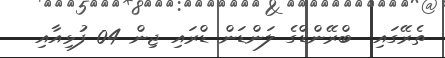
ތެރޭގައި  ބްރޭންޑްގެ ލަންޑަން ޑްރައި ޖިން 04 ފުޅިއާއި